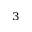
^ 3